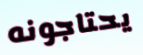
يحتاجونه